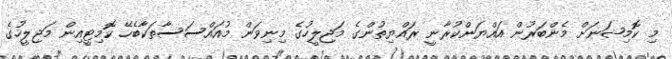
މި ކޮމިޝަނަށް މެންބަރުން އައްޔަންކުރާނީ ރައްޔިތުންގެ މަޖިލީހުގެ މިނިވަން މުއައްސަސާތަކާބެހޭ ކޮމިޓީއިން މަޖިލީހުގެ